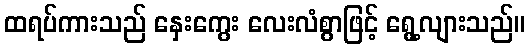
ထရပ်ကားသည် နှေးကွေး လေးလံစွာဖြင့် ရွေ့လျားသည်။